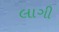
લાગી